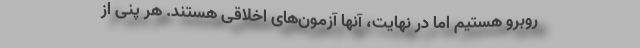
روبرو هستیم اما در نهایت، آنها آزمون‌های اخلاقی هستند. هر پنی از